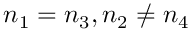
n _ { 1 } = n _ { 3 } , n _ { 2 } \neq n _ { 4 }